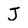
Character: J